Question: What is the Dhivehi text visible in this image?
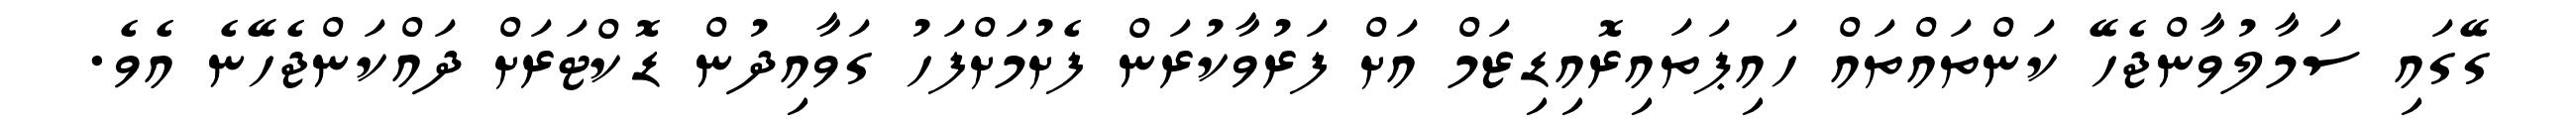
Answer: ގޭގައި ސަމާލުވާންޖެހޭ ކަންތައްތައް ހައިޕަތައިރޮއިޑިޒަމް އަށް ފަރުވާކުރަން ފެށުމަށްފަހު ގަވާއިދުން ޑޮކްޓަރަށް ދައްކަންޖެހޭނެ އެވެ.